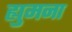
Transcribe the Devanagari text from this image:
ह्युमना